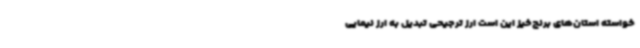
خواسته‌ استان‌های برنج‌خیز این است ارز ترجیحی تبدیل به ارز نیمایی